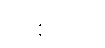
ဟစ်တိုင်